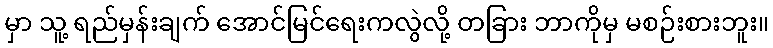
မှာ သူ့ ရည်မှန်းချက် အောင်မြင်ရေးကလွဲလို့ တခြား ဘာကိုမှ မစဉ်းစားဘူး။